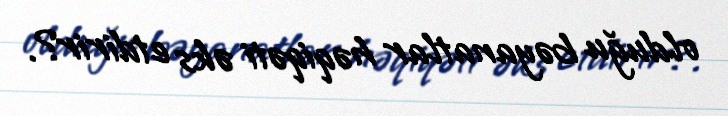
olduğu bəyanatlar həqiqəti əks etdirir?.